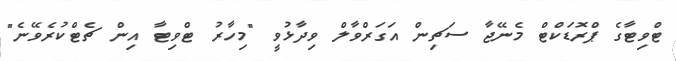
ޓްވިޓާގެ ޕްރޮޑަކްޓް މެނޭޖާ ސަޗިން އަގަރްވާލް ވިދާޅުވީ "މިހާރު ޓްވިޓާ އިން ޗެޓްކުރެވޭނެ"